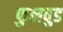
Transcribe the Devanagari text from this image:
फुलवुड